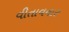
વીતાવનાર